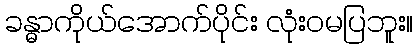
ခန္ဓာကိုယ်အောက်ပိုင်း လုံးဝမပြဘူး။